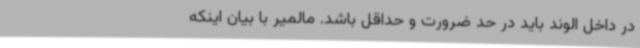
در داخل الوند باید در حد ضرورت و حداقل باشد. مالمیر با بیان اینکه